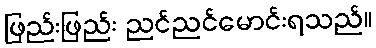
ဖြည်းဖြည်း ညင်ညင်မောင်းရသည်။